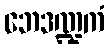
ဘေဒဏ္ဍကံ